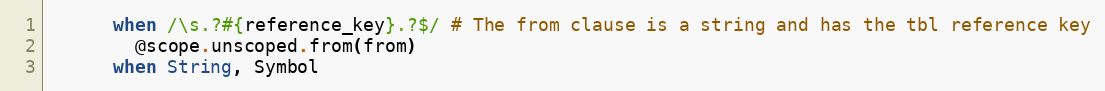
Language: Ruby
      when /\s.?#{reference_key}.?$/ # The from clause is a string and has the tbl reference key
        @scope.unscoped.from(from)
      when String, Symbol